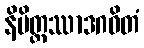
နိမိတ္တဿာဒဂဓိတံ